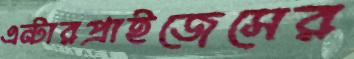
এন্টারপ্রাইজেসের